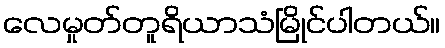
လေမှုတ်တူရိယာသံမြိုင်ပါတယ်။